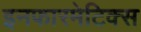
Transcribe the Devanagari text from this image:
इनफारमेटिक्स